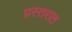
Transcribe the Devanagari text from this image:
प्रस्तरात